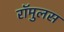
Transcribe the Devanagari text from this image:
रॉमुलस